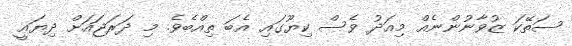
ސަތޭކަ ޒުވާނުންނެއް މިއަދު ވެސް ކިޔޫގައި އެބަ ތިއްބެވެ. މި ދަރަޖައަށް ދިޔައީ